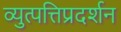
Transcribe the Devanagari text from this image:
व्युत्पत्तिप्रदर्शन